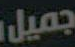
جميل